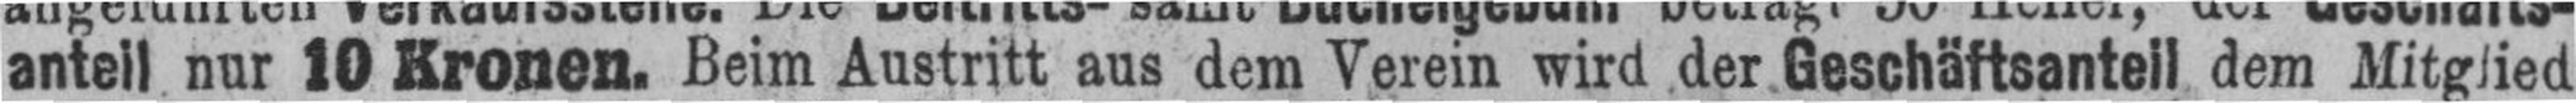
antell nur 10 Kronen. Beim Austritt aus dem Verein wird der Geschäftsantell dem Mitglied